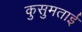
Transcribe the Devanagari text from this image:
कुसुमताई